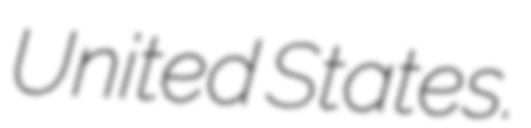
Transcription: United States.